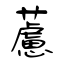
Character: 藘